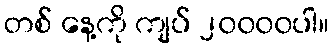
တစ် နေ့ကို ကျပ် ၂၀၀၀၀ပါ။